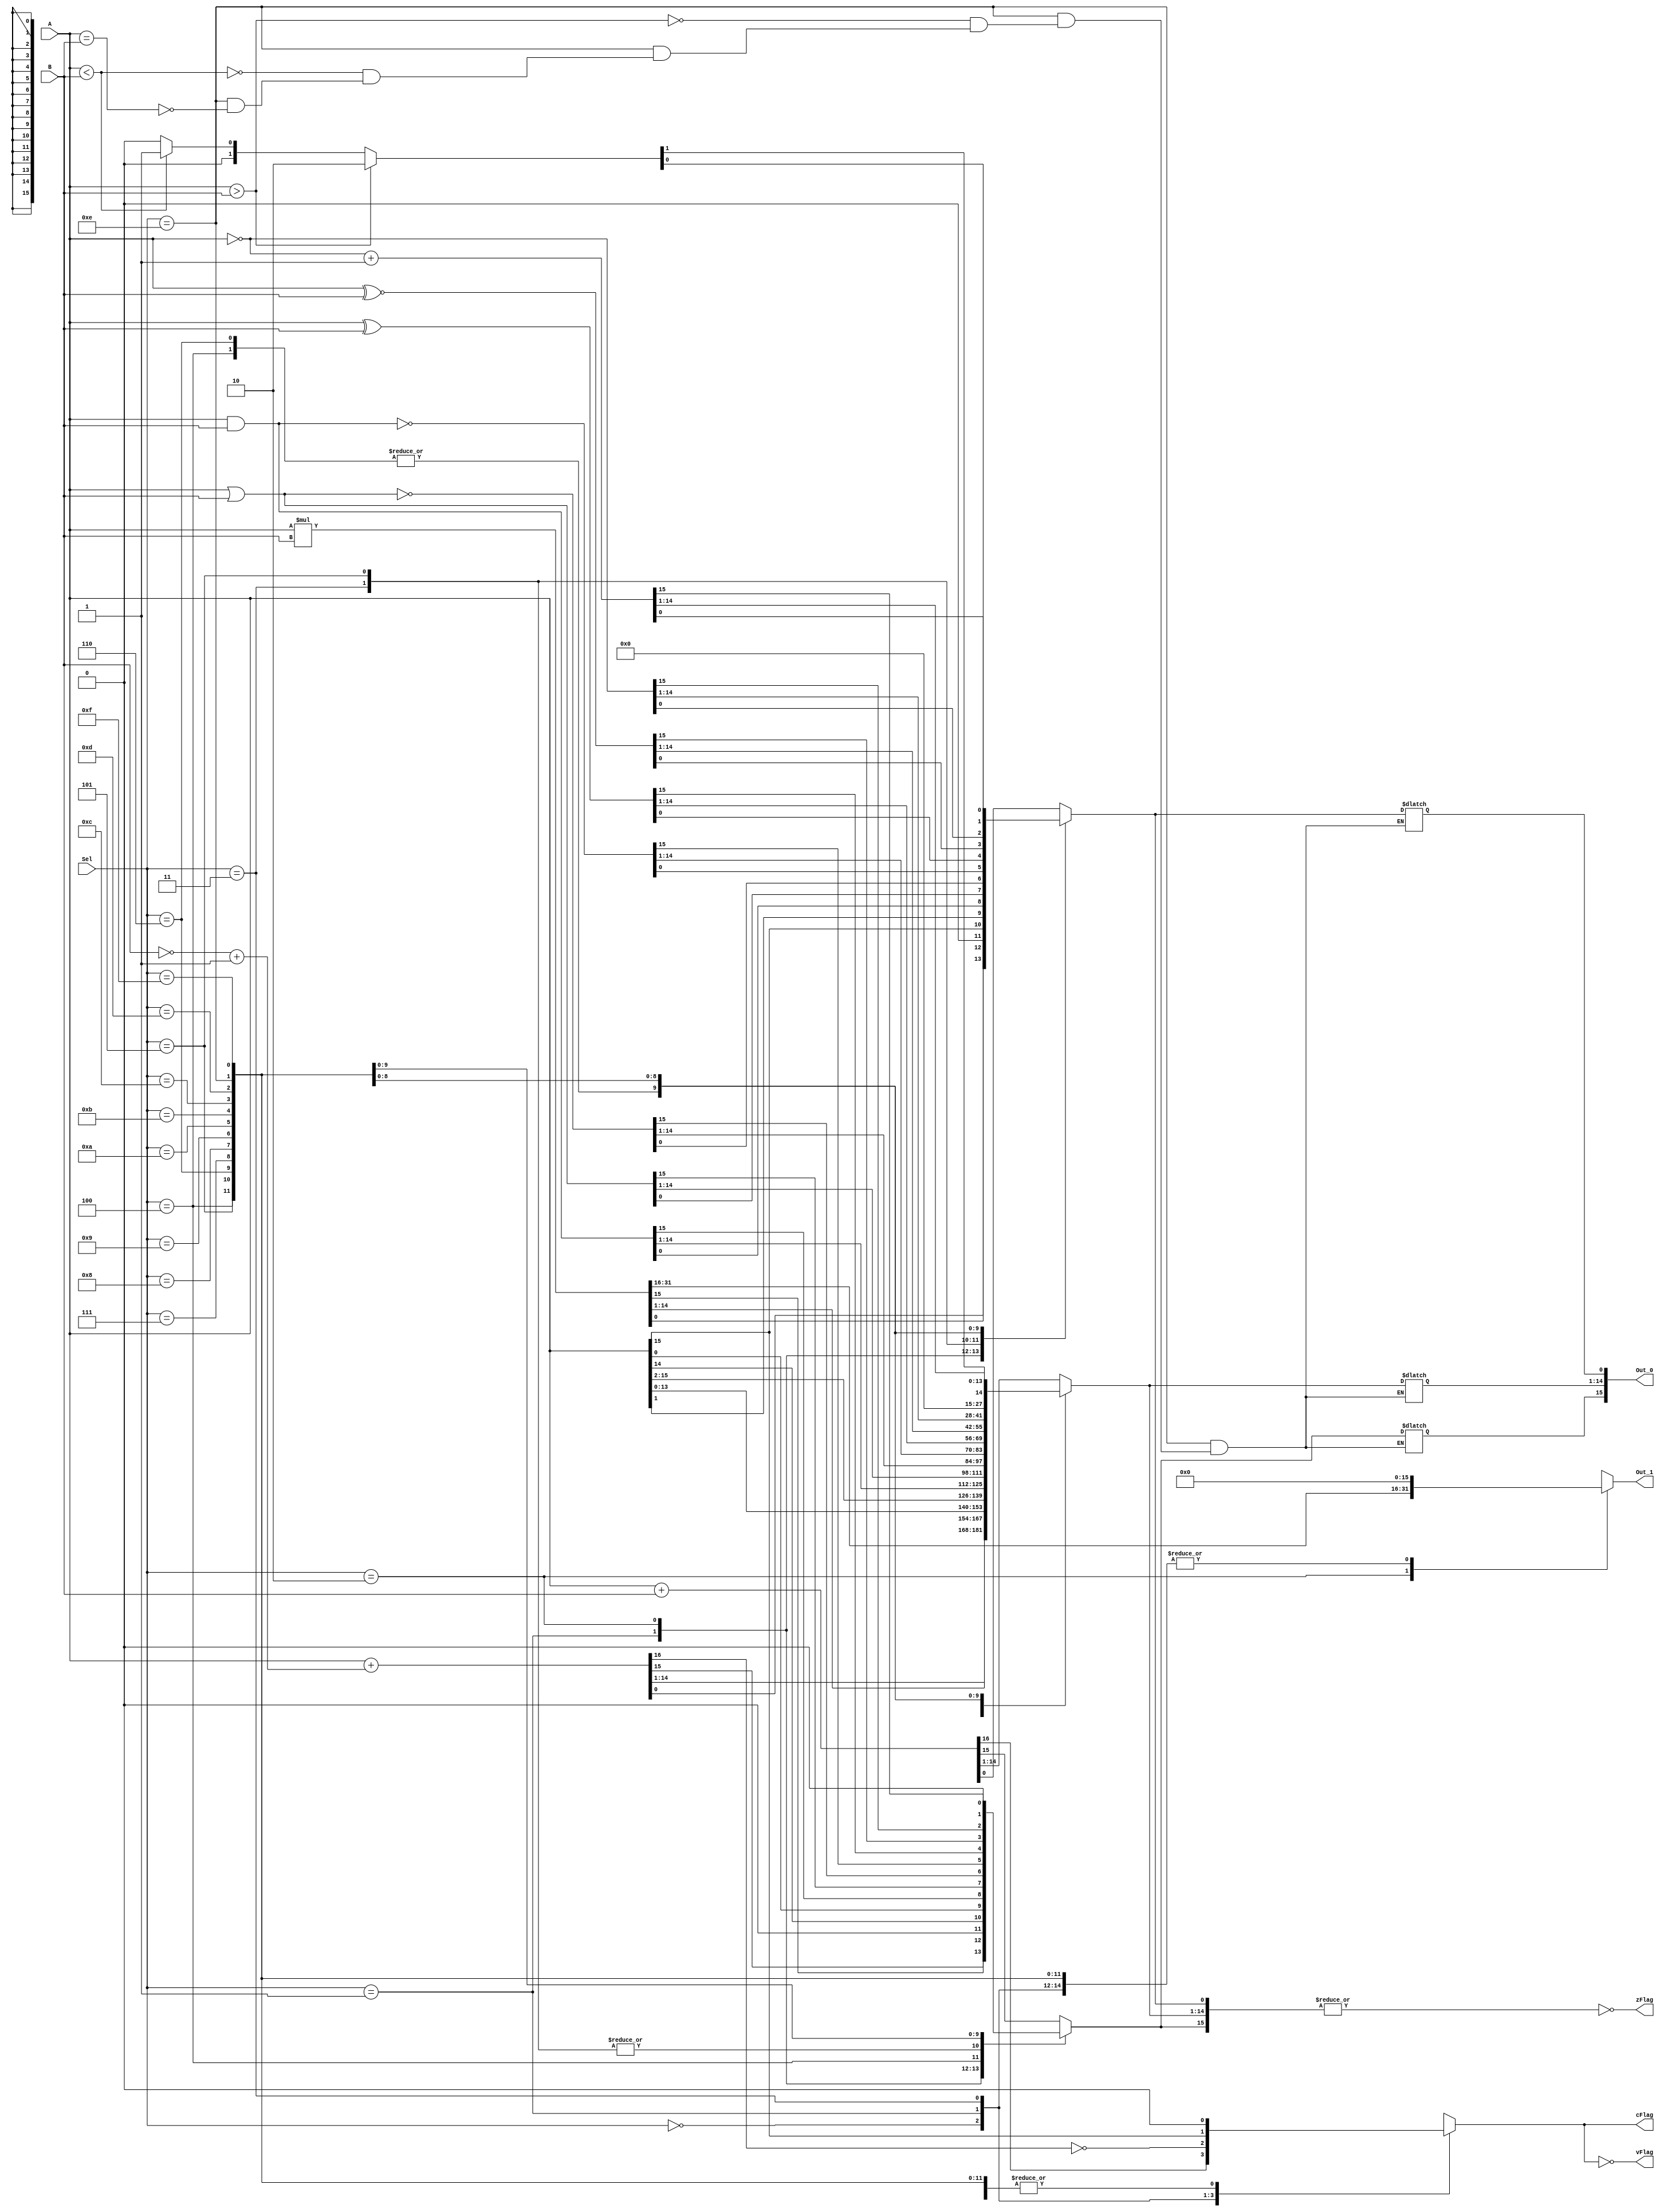
module ALU(A, B, Sel, Out_1, Out_0, cFlag, zFlag, vFlag);

   input [15:0] A, B;
   input [3:0]  Sel;
   
   output reg [15:0] Out_1, Out_0;
   output reg cFlag, zFlag, vFlag;
   
   reg [15:0] B2comp, A2comp;
   
   reg cFlag_N;

   always @ (*) begin
   
        vFlag = 0;
        cFlag = 0;
        zFlag = 0;
        Out_1 = 16'd0;


        B2comp = (~B) + 16'd1;
        A2comp = (~A) + 16'd1;

        case(Sel)
    
            4'd0: begin //ADD
                {cFlag, Out_0} = A + B;
                
            end
            
            4'd1: begin //SUB           
                {cFlag_N, Out_0} = A + B2comp; //Adding 2s Complement
                cFlag = ~cFlag_N;
            end
            
            4'd2: begin //MUL
                {Out_1, Out_0} = A * B;
            end
            
            4'd3: begin //ShL
                Out_0 = A << 1;
                cFlag = A[15];
            end
            
            4'd4: begin //ShR
                Out_0 = A >> 1;
            end
            

            4'd5: begin //RoL
                Out_0 = A << 1;
                Out_0[0] = A[15];
            end
            
            4'd6: begin //RoR
                Out_0 = A >> 1;
                Out_0[15] = A[0];
            end
            
            4'd7: begin //AND 
                Out_0 = A & B;
            end

            
            4'd8: begin //OR
                Out_0 = A | B;
            end

            //New

            4'd9: begin //NOR (|)
                Out_0 = A ~| B;
            end

            4'd10: begin //NAND (~)
                Out_0 = A ~& B;
            end

            4'd11: begin //XOR
                Out_0 = A ^ B;
            end

            4'd12: begin //XNOR
                Out_0 = A ~^ B;
            end

            4'd13: begin //NOT
                Out_0 = ~ A;
            end

            4'd14: begin //CMP
                if (A == B) begin 
                    Out_0 = 16'd0;
                end
                if (A < B) begin 
                    Out_0 = 16'd1;
                end
                if (A > B) begin 
                    Out_0 = 16'd2;
                end
            end

            4'd15: begin //NEG
                Out_0 = A2comp;
            end

            

            default: $display("Error in ALU-Sel...");
        endcase
        vFlag = ~cFlag;
        zFlag = ~|(Out_0[15:0]);
   end
   
endmodule